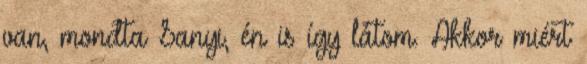
van, mondta Sanyi, én is így látom. Akkor miért